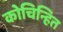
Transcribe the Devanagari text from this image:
कोचिन्हित